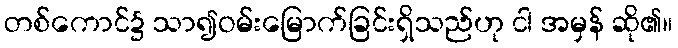
တစ်ကောင်၌ သာ၍ဝမ်းမြောက်ခြင်းရှိသည်ဟု ငါ အမှန် ဆို၏။